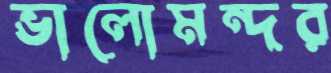
ভালোমন্দর